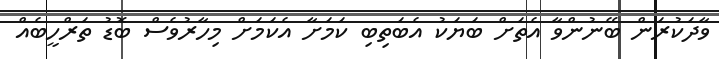
ވާދަކުރަން ބޭނުންވާ އެތަށް ބަޔަކު އެބަތިބި ކަމަށާ އެކަމަށް މިހާރުވެސް ބޮޑު ތަރްހީބެއް